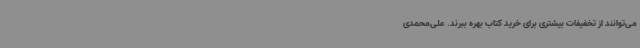
می‌توانند از تخفیفات بیشتری برای خرید کتاب بهره ببرند. علی‌محمدی